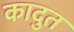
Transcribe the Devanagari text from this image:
कादुत